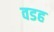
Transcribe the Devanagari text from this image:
वडह